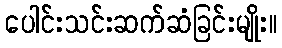
ပေါင်းသင်းဆက်ဆံခြင်းမျိုး။